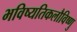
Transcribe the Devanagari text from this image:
भविष्यतिकलौविष्णु